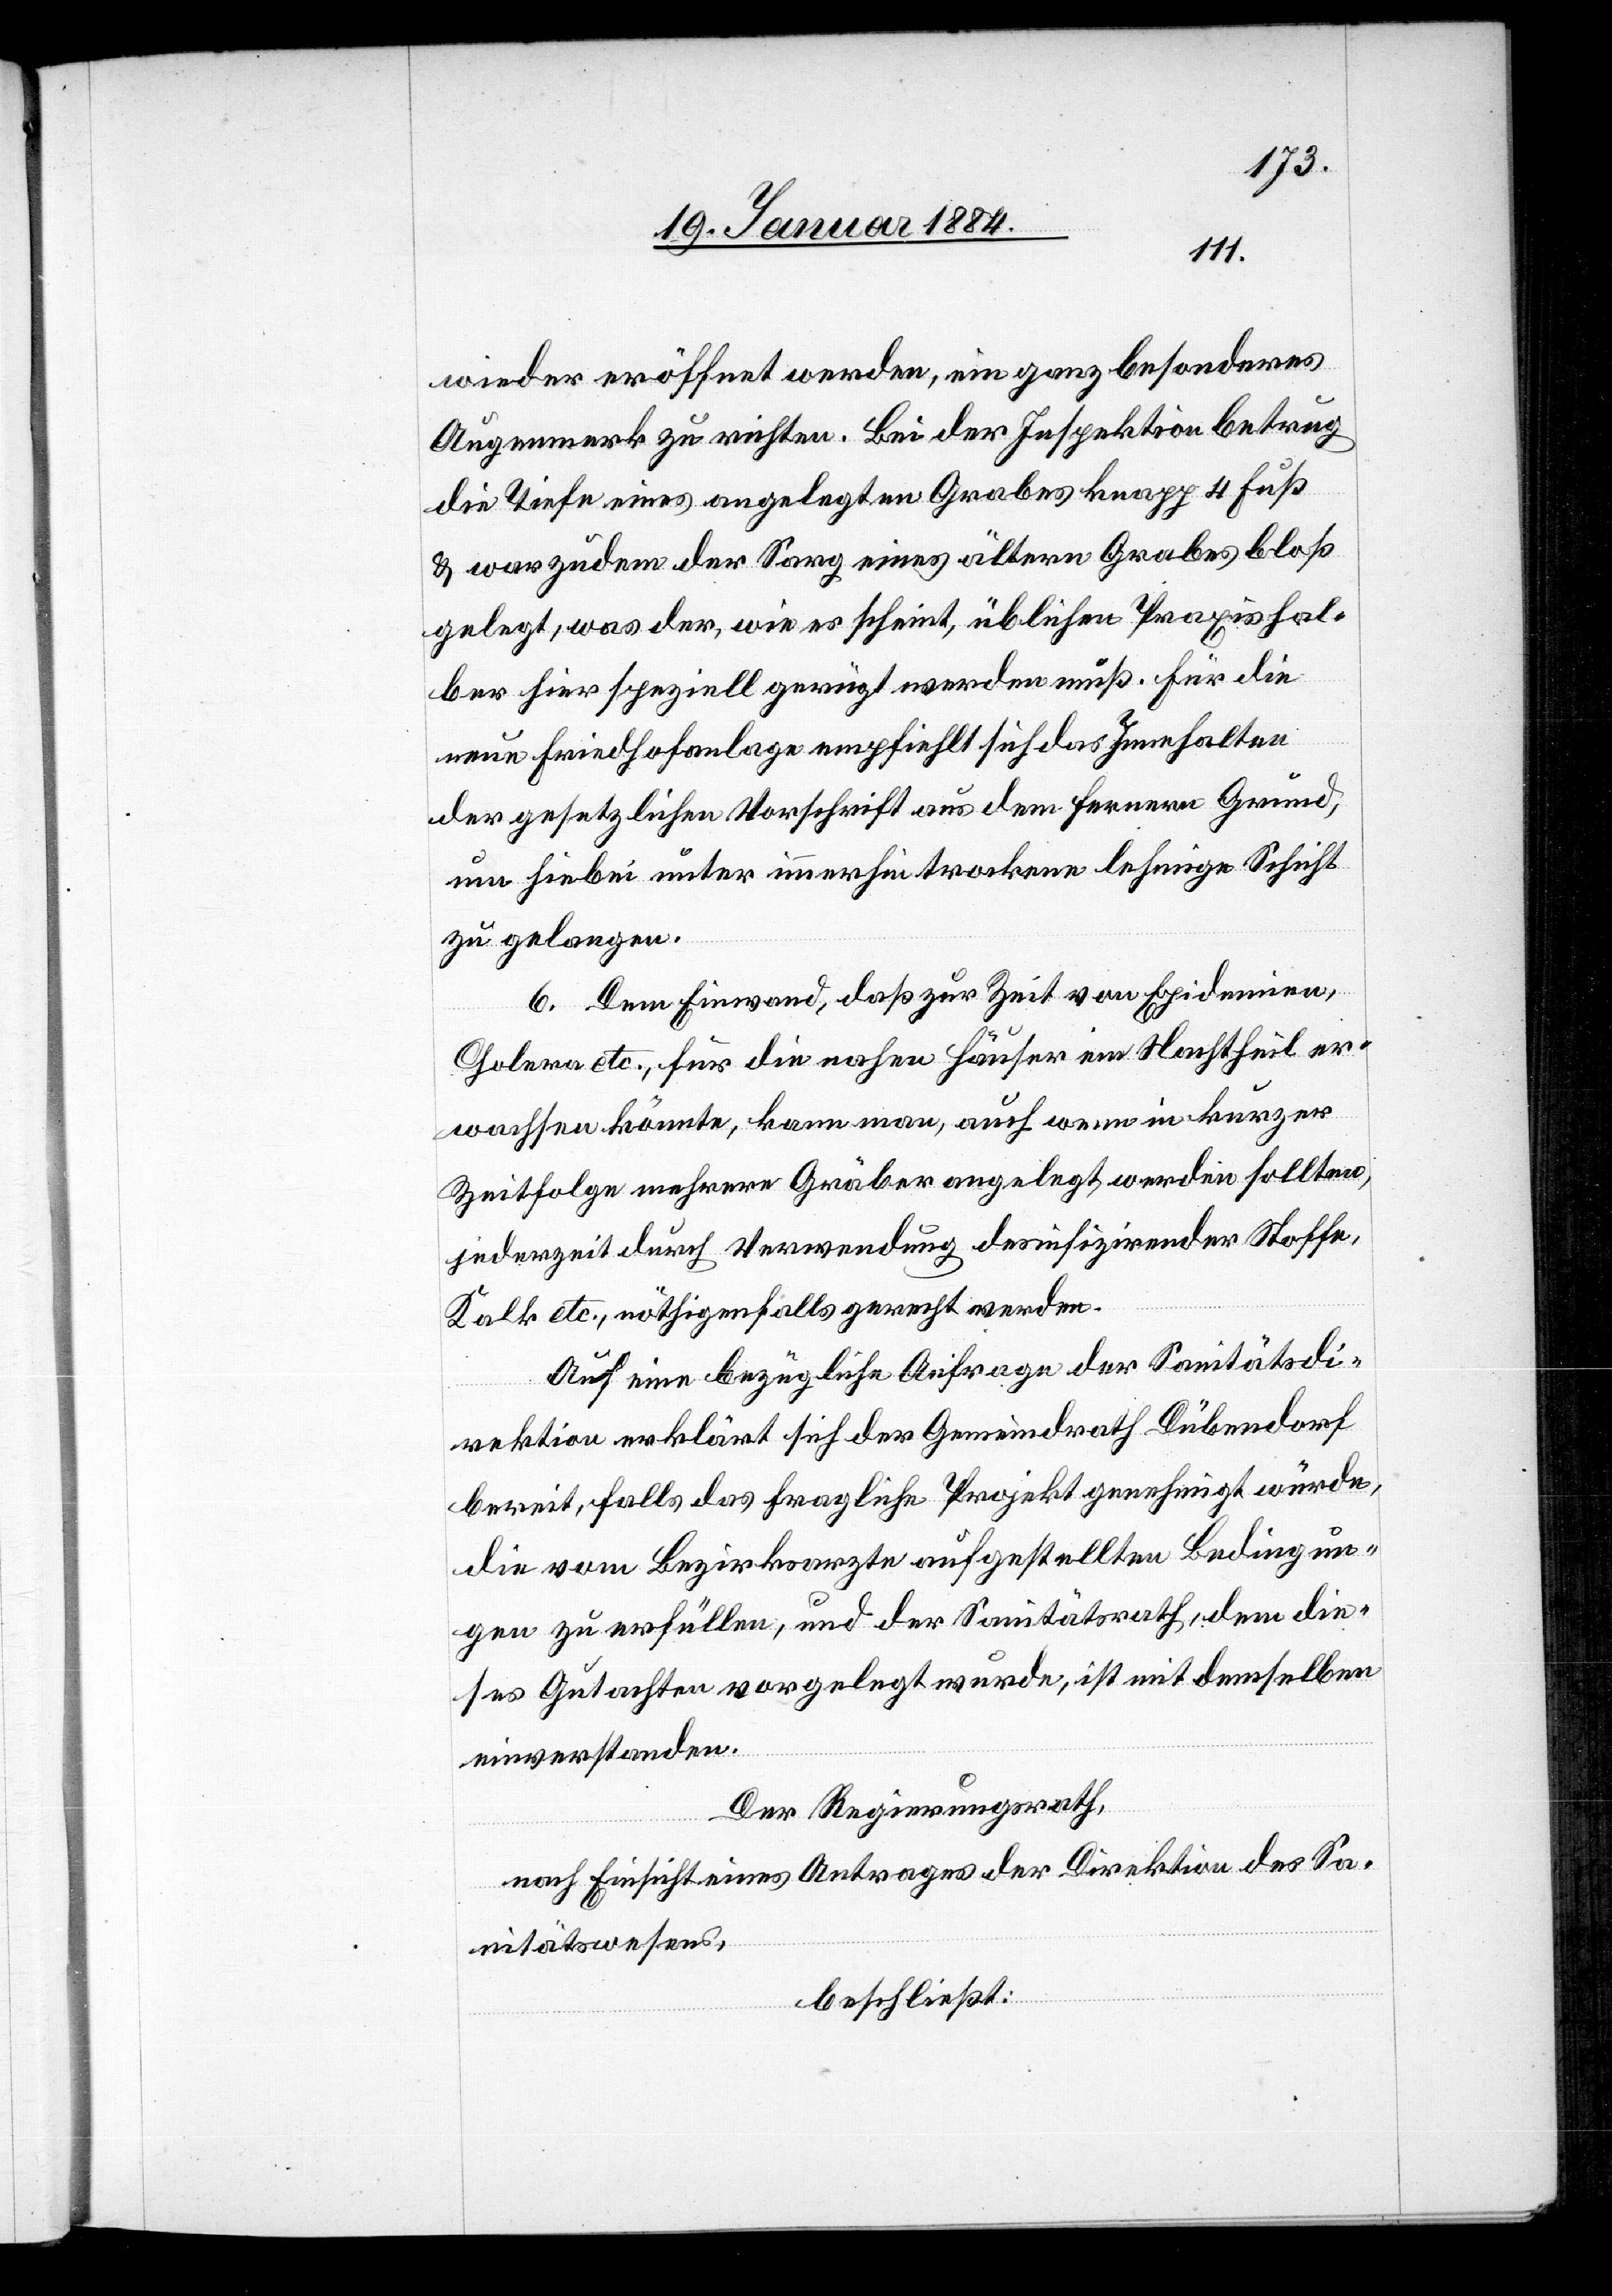
wieder eröffnet werden, ein ganz besonderes
Augenmerk zu richten. Bei der Inspektion betrug
die Tiefe eines angelegten Grabes knapp 4 Fuß
& war zudem der Sarg eines ältern Grabes bloß
gelegt, was der, wie es scheint, üblichen Praxis hal¬
ber hier speziell gerügt werden muß. Für die
neue Friedhofanlage empfiehlt sich das Innehalten
der gesetzlichen Vorschrift aus dem ferneren Grund,
um hiebei unter immerhin trockene lehmige Schicht
zu gelangen.
6. Dem Einwand, daß zur Zeit von Epidemien,
Cholera etc., für die nahen Häuser ein Nachtheil er¬
wachsen könnte, kann man, auch wenn in kurzer
Zeitfolge mehrere Gräber angelegt werden sollten,
jederzeit durch Verwendung desinfizirender Stoffe,
Kalk etc., nöthigenfalls gerecht werden.“
Auf eine bezügliche Anfrage der Sanitätsdi¬
rektion erklärt sich der Gemeindrath Dübendorf
bereit, falls das fragliche Projekt genehmigt würde,
die vom Bezirksarzte aufgestellten Bedingun¬
gen zu erfüllen, und der Sanitätsrath, dem die¬
ses Gutachten vorgelegt wurde, ist mit demselben
einverstanden.
Der Regierungsrath,
nach Einsicht eines Antrages der Direktion des Sa¬
nitätswesen,
beschließt: